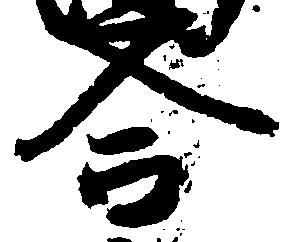
合